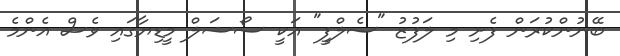
ބޭނުންކުރަން ފެށި މި ލަފުޒު "ސެލްފީ" އަކީ ސޯޝަލް މީޑިޔާގައި ވެސް އެންމެ